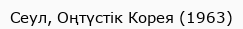
Сеул, Оңтүстік Корея (1963)